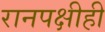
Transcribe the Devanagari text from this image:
रानपक्षीही